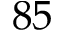
8 5